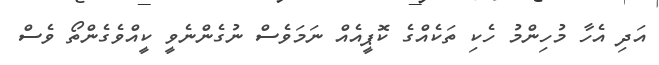
އަދި އެހާ މުހިންމު ހެކި ތަކެއްގެ ކޮޕީއެއް ނަމަވެސް ނުގެންނެވީ ކީއްވެގެންތޯ ވެސް